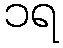
၁ရ